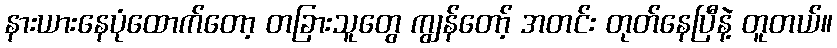
နားယားနေပုံထောက်တော့ တခြားသူတွေ ကျွန်တော့် အတင်း တုတ်နေပြီနဲ့ တူတယ်။